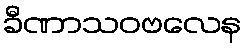
ခီဏာသဝဗလေန